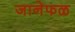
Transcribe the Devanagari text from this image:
जानेफळ